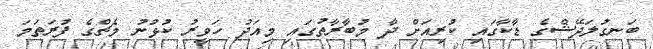
ބަނގުލަދޭޝްގެ ޑާކާގައި ކުރިއަށް ދާ މުބާރާތުގައި މިއަދު ހަވީރު ކުޅުނު މެޗްގެ ފުރަތަމަ